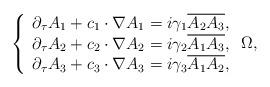
LaTeX: \begin{align*}\left\lbrace \begin{array}{cc} \partial_{\tau} A_1 +c_1\cdot\nabla A_1 = i \gamma_1\overline{A_2A_3}, \\ \partial_{\tau} A_2 +c_2\cdot\nabla A_2 = i \gamma_2\overline{A_1A_3}, \\ \partial_{\tau} A_3 +c_3\cdot\nabla A_3 = i \gamma_3\overline{A_1A_2}, \end{array}\right. \Omega, \end{align*}